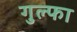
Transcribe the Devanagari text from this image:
गुल्फा